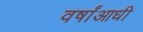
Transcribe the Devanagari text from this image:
वर्षांआधी